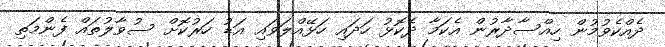
ދެއްކެވުމުން ހިއްސާދާރުން އެކަމާ ދެކޮޅު ހަދައި ހަޅޭއްލަވައި އަޑު ހަރުކޮށް ސުވާލުތައް ފެންމަތި